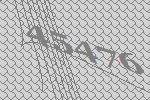
45476